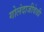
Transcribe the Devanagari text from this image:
गोलंदाजीवेळी